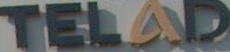
TELAD